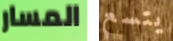
المسار يتسع